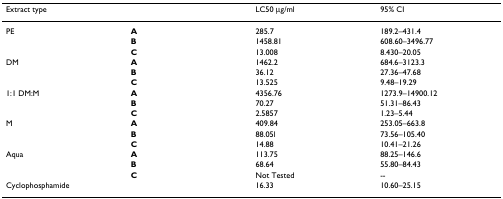
<table><thead><tr><td><b>Extract type</b></td><td></td><td><b>LC50 μg/ml</b></td><td><b>95% CI</b></td></tr></thead><tbody><tr><td>PE</td><td><b>A</b></td><td>285.7</td><td>189.2–431.4</td></tr><tr><td></td><td><b>B</b></td><td>1458.81</td><td>608.60–3496.77</td></tr><tr><td></td><td><b>C</b></td><td>13.008</td><td>8.430–20.05</td></tr><tr><td>DM</td><td><b>A</b></td><td>1462.2</td><td>684.6–3123.3</td></tr><tr><td></td><td><b>B</b></td><td>36.12</td><td>27.36–47.68</td></tr><tr><td></td><td><b>C</b></td><td>13.525</td><td>9.48–19.29</td></tr><tr><td>1:1 DM:M</td><td><b>A</b></td><td>4356.76</td><td>1273.9–14900.12</td></tr><tr><td></td><td><b>B</b></td><td>70.27</td><td>51.31–86.43</td></tr><tr><td></td><td><b>C</b></td><td>2.5857</td><td>1.23–5.44</td></tr><tr><td>M</td><td><b>A</b></td><td>409.84</td><td>253.05–663.8</td></tr><tr><td></td><td><b>B</b></td><td>88.05l</td><td>73.56–105.40</td></tr><tr><td></td><td><b>C</b></td><td>14.88</td><td>10.41–21.26</td></tr><tr><td>Aqua</td><td><b>A</b></td><td>113.75</td><td>88.25–146.6</td></tr><tr><td></td><td><b>B</b></td><td>68.64</td><td>55.80–84.43</td></tr><tr><td></td><td><b>C</b></td><td>Not Tested</td><td>--</td></tr><tr><td>Cyclophosphamide</td><td></td><td>16.33</td><td>10.60–25.15</td></tr></tbody></table>